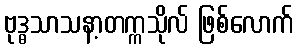
ဗုဒ္ဓသာသနာ့တက္ကသိုလ် ဖြစ်လောက်